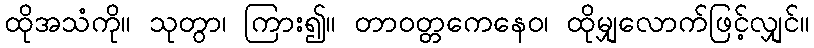
ထိုအသံကို။ သုတွာ၊ ကြား၍။ တာဝတ္တကေနေဝ၊ ထိုမျှလောက်ဖြင့်လျှင်။